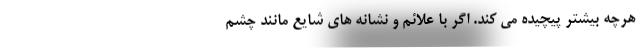
هرچه بیشتر پیچیده می کند. اگر با علائم و نشانه های شایع مانند چشم